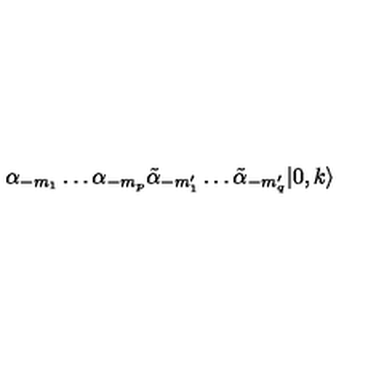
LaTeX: \alpha _ { - m _ { 1 } } \ldots \alpha _ { - m _ { p } } \tilde { \alpha } _ { - m _ { 1 } ^ { \prime } } \ldots \tilde { \alpha } _ { - m _ { q } ^ { \prime } } | 0 , k \rangle